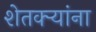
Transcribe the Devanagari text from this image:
शेतक्ऱ्यांना